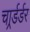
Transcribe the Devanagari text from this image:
चार्र्डर्डर